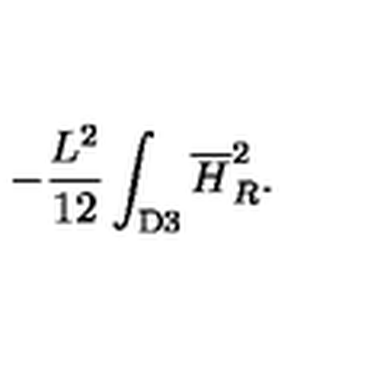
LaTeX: - { \frac { L ^ { 2 } } { 1 2 } } \int _ { \mathrm { D 3 } } { \overline { H } } _ { R } ^ { 2 } .